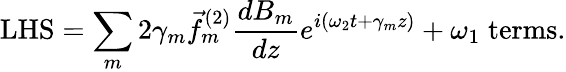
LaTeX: \mathrm{LHS}=\sum_{m}2\gamma_{m}\vec{f}_{m}^{(2)}\frac{dB_{m}}{dz}e^{i(\omega_{2}t+\gamma_{m}z)}+\omega_{1}\; \mathrm{{terms}.}